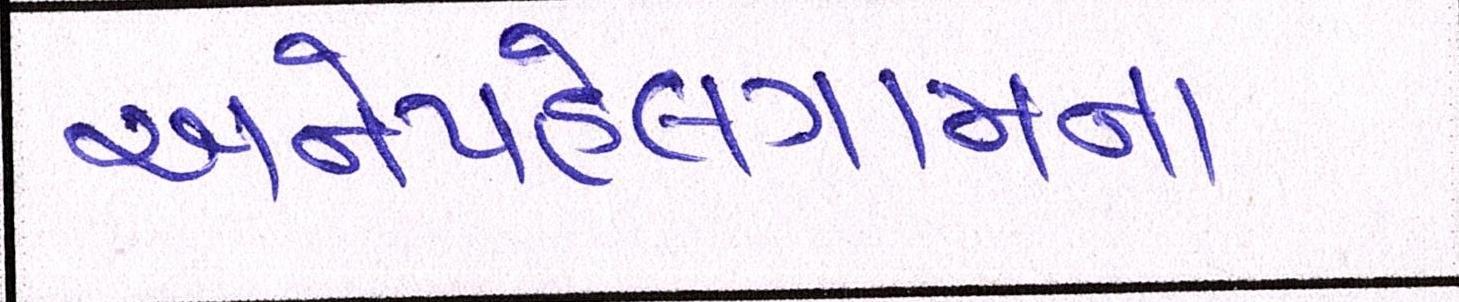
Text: અનેપહેલગામના